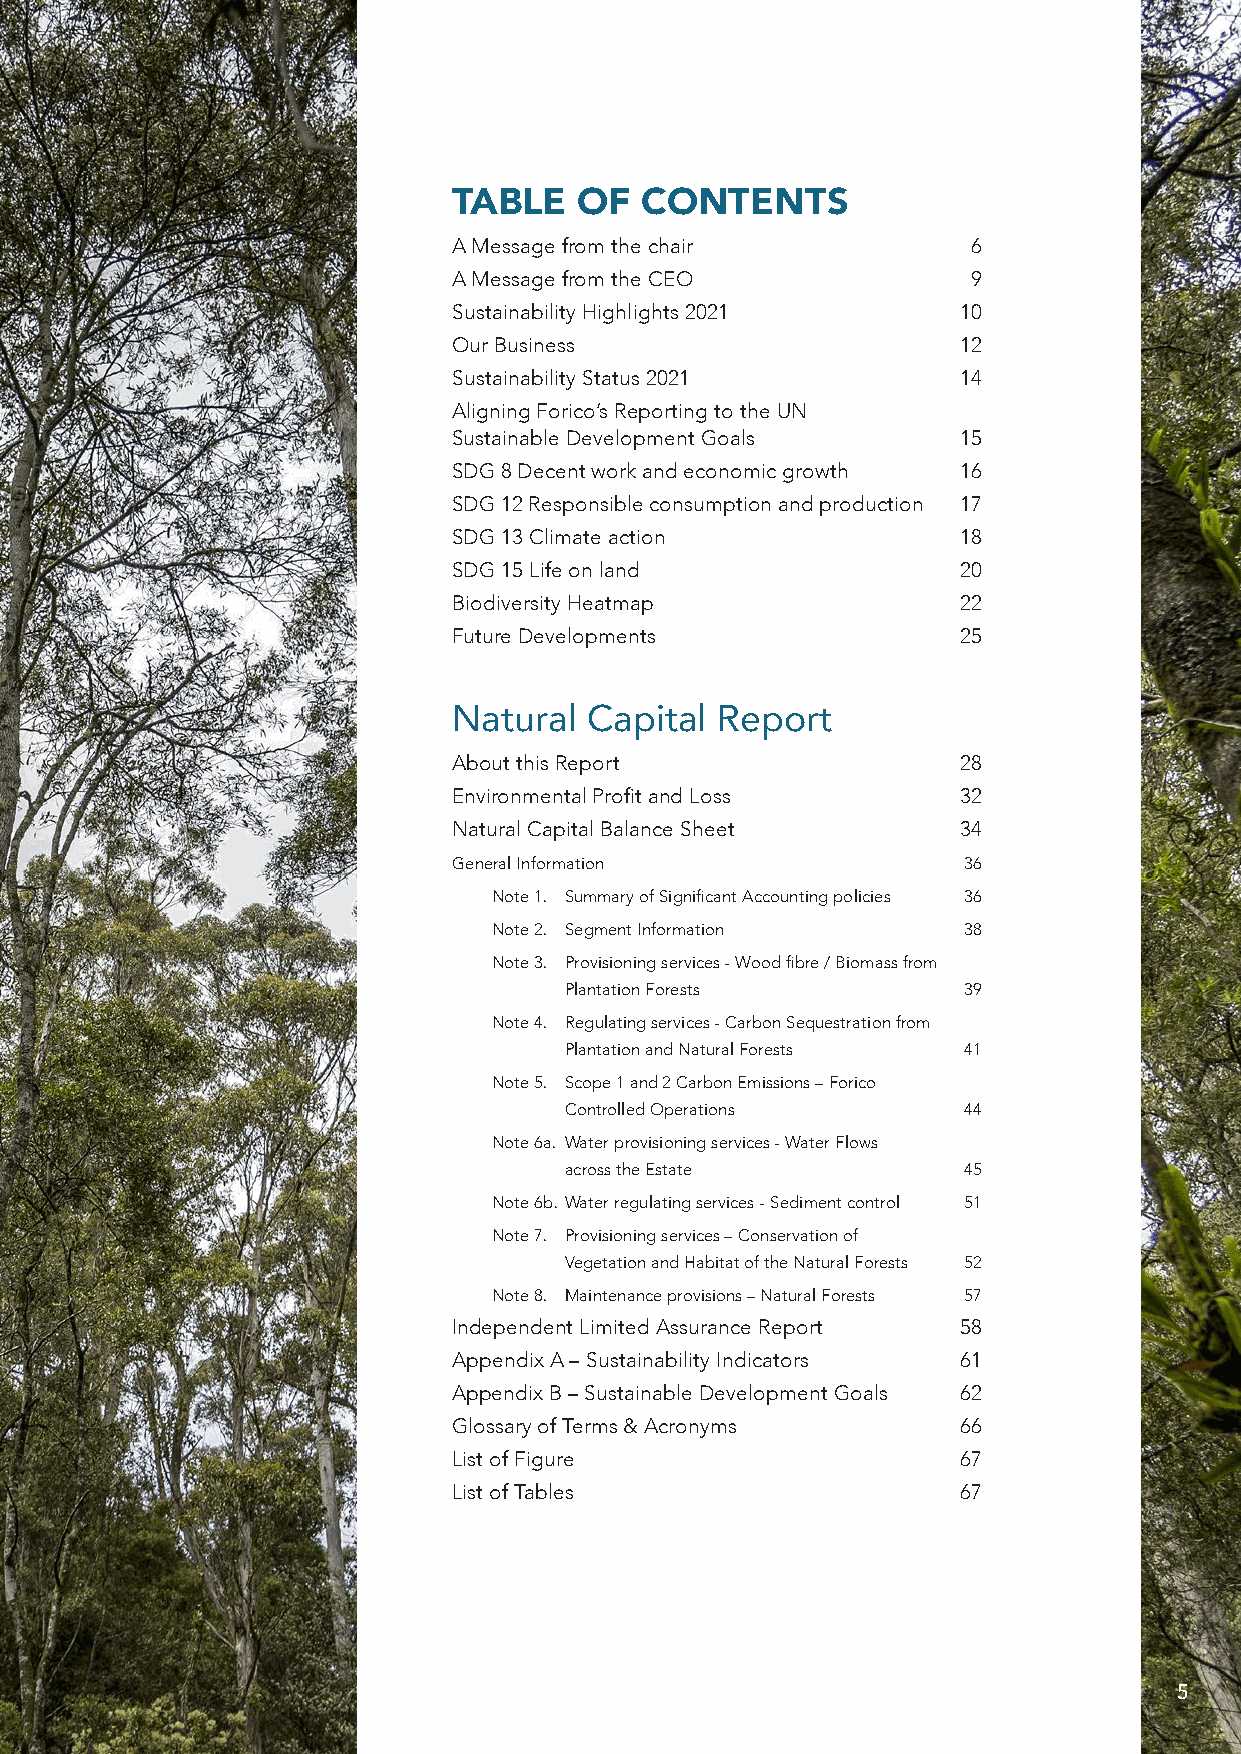
TABLE   OF  CONTENTS
 A Message from the chair          6
 A Message from the CEO            9
 Sustainability Highlights 2021   10
 Our Business                     12
 Sustainability Status 2021       14
 Aligning Forico’s Reporting to the UN
 Sustainable Development Goals    15
 SDG 8 Decent work and economic growth 16
 SDG 12 Responsible consumption and production 17
 SDG 13 Climate action            18
 SDG 15 Life on land              20
 Biodiversity Heatmap             22
 Future Developments              25
 Natural  Capital Report
 About this Report                28
 Environmental Profit and Loss    32
 Natural Capital Balance Sheet    34
 General Information               36
 Note 1. Summary of Significant Accounting policies 36
 Note 2. Segment Information    38
 Note 3. Provisioning services - Wood fibre / Biomass from
 Plantation Forests         39
 Note 4. Regulating services - Carbon Sequestration from
 Plantation and Natural Forests 41
 Note 5. Scope 1 and 2 Carbon Emissions – Forico
 Controlled Operations      44
 Note 6a. Water provisioning services - Water Flows
 across the Estate          45
 Note 6b. Water regulating services - Sediment control 51
 Note 7. Provisioning services – Conservation of
 Vegetation and Habitat of the Natural Forests 52
 Note 8. Maintenance provisions – Natural Forests 57
 Independent Limited Assurance Report 58
 Appendix A – Sustainability Indicators 61
 Appendix B – Sustainable Development Goals 62
 Glossary of Terms & Acronyms     66
 List of Figure                   67
 List of Tables                   67
 5